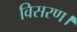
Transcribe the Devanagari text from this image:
विसरण।